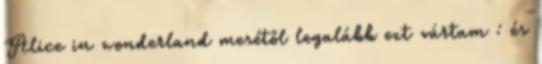
Alice in wonderland mesétől legalább ezt vártam : és